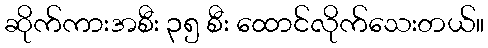
ဆိုက်ကားအစီး ၃၅ စီး ထောင်လိုက်သေးတယ်။